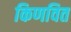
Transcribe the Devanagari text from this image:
किणवित